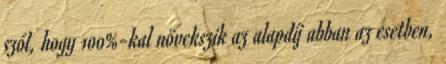
szól, hogy 100%-kal növekszik az alapdíj abban az esetben,